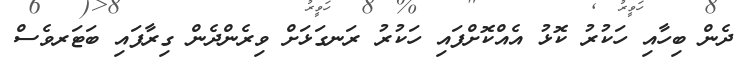
ދެން ބިހާއި ހަކުރު ކޮޅު އެއްކޮށްފައި ހަކުރު ރަނގަޅަށް ވިރެންދެން ގިރާފައި ބަޓަރވެސް